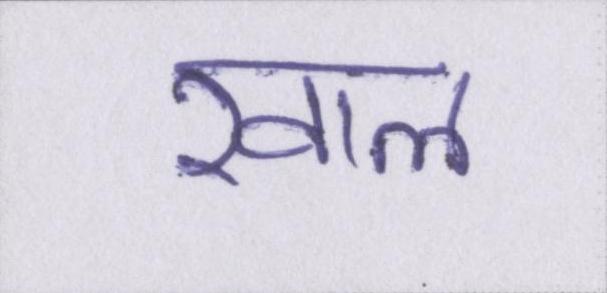
खाल